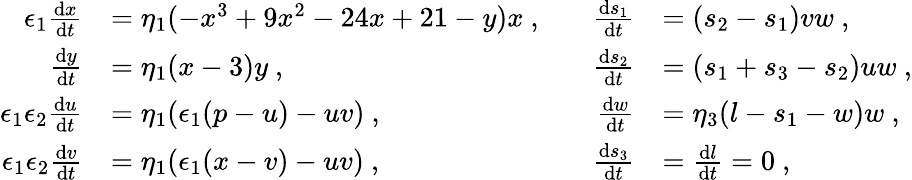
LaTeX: \begin{array}{rlrl}{\epsilon_{1}\frac{\mathrm{d}x}{\mathrm{d}t}}&{=\eta_{1}(-x^{3}+9x^{2}-24x+21-y)x\ ,\ \ \ }&{\frac{\mathrm{d}s_{1}}{\mathrm{d}t}}&{=(s_{2}-s_{1})vw\ ,}\\ {\frac{\mathrm{d}y}{\mathrm{d}t}}&{=\eta_{1}(x-3)y\ ,}&{\frac{\mathrm{d}s_{2}}{\mathrm{d}t}}&{=(s_{1}+s_{3}-s_{2})uw\ ,}\\ {\epsilon_{1}\epsilon_{2}\frac{\mathrm{d}u}{\mathrm{d}t}}&{=\eta_{1}(\epsilon_{1}(p-u)-uv)\ ,}&{\frac{\mathrm{d}w}{\mathrm{d}t}}&{=\eta_{3}(l-s_{1}-w)w\ ,}\\ {\epsilon_{1}\epsilon_{2}\frac{\mathrm{d}v}{\mathrm{d}t}}&{=\eta_{1}(\epsilon_{1}(x-v)-uv)\ ,}&{\frac{\mathrm{d}s_{3}}{\mathrm{d}t}}&{=\frac{\mathrm{d}l}{\mathrm{d}t}=0\ ,}\end{array}